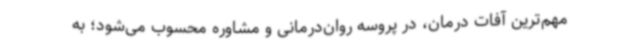
مهم‌ترین آفات درمان، در پروسه روان‌درمانی و مشاوره محسوب می‌شود؛ به